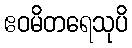
ဧဝမိတရေသုပိ